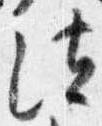
法